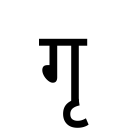
OCR:
गृ